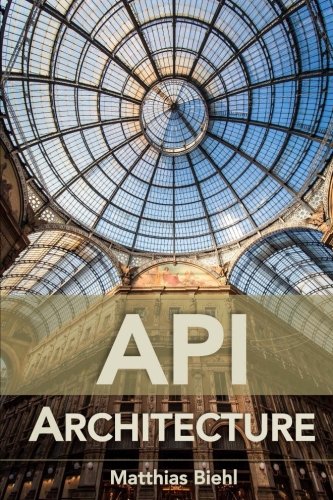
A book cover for API Architecture: The Big Picture for Building APIs (API University Series) (Volume 2); Matthias Biehl; Computers & Technology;